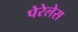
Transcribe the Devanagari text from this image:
पेरेलेस